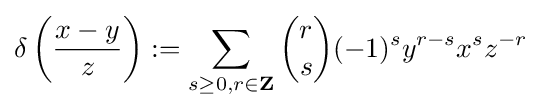
\delta \left({\frac {x-y}{z}}\right):=\sum _{s\geq 0,r\in \mathbf {Z} }{\binom {r}{s}}(-1)^{s}y^{r-s}x^{s}z^{-r}